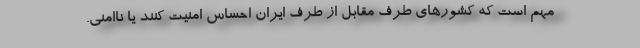
مهم است که کشورهای طرف مقابل از طرف ایران احساس امنیت کنند یا ناامنی.